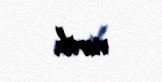
verib.